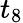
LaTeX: t_{8}